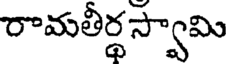
రామతీర్థస్వామి